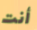
أنت